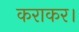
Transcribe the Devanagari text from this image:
कराकर।